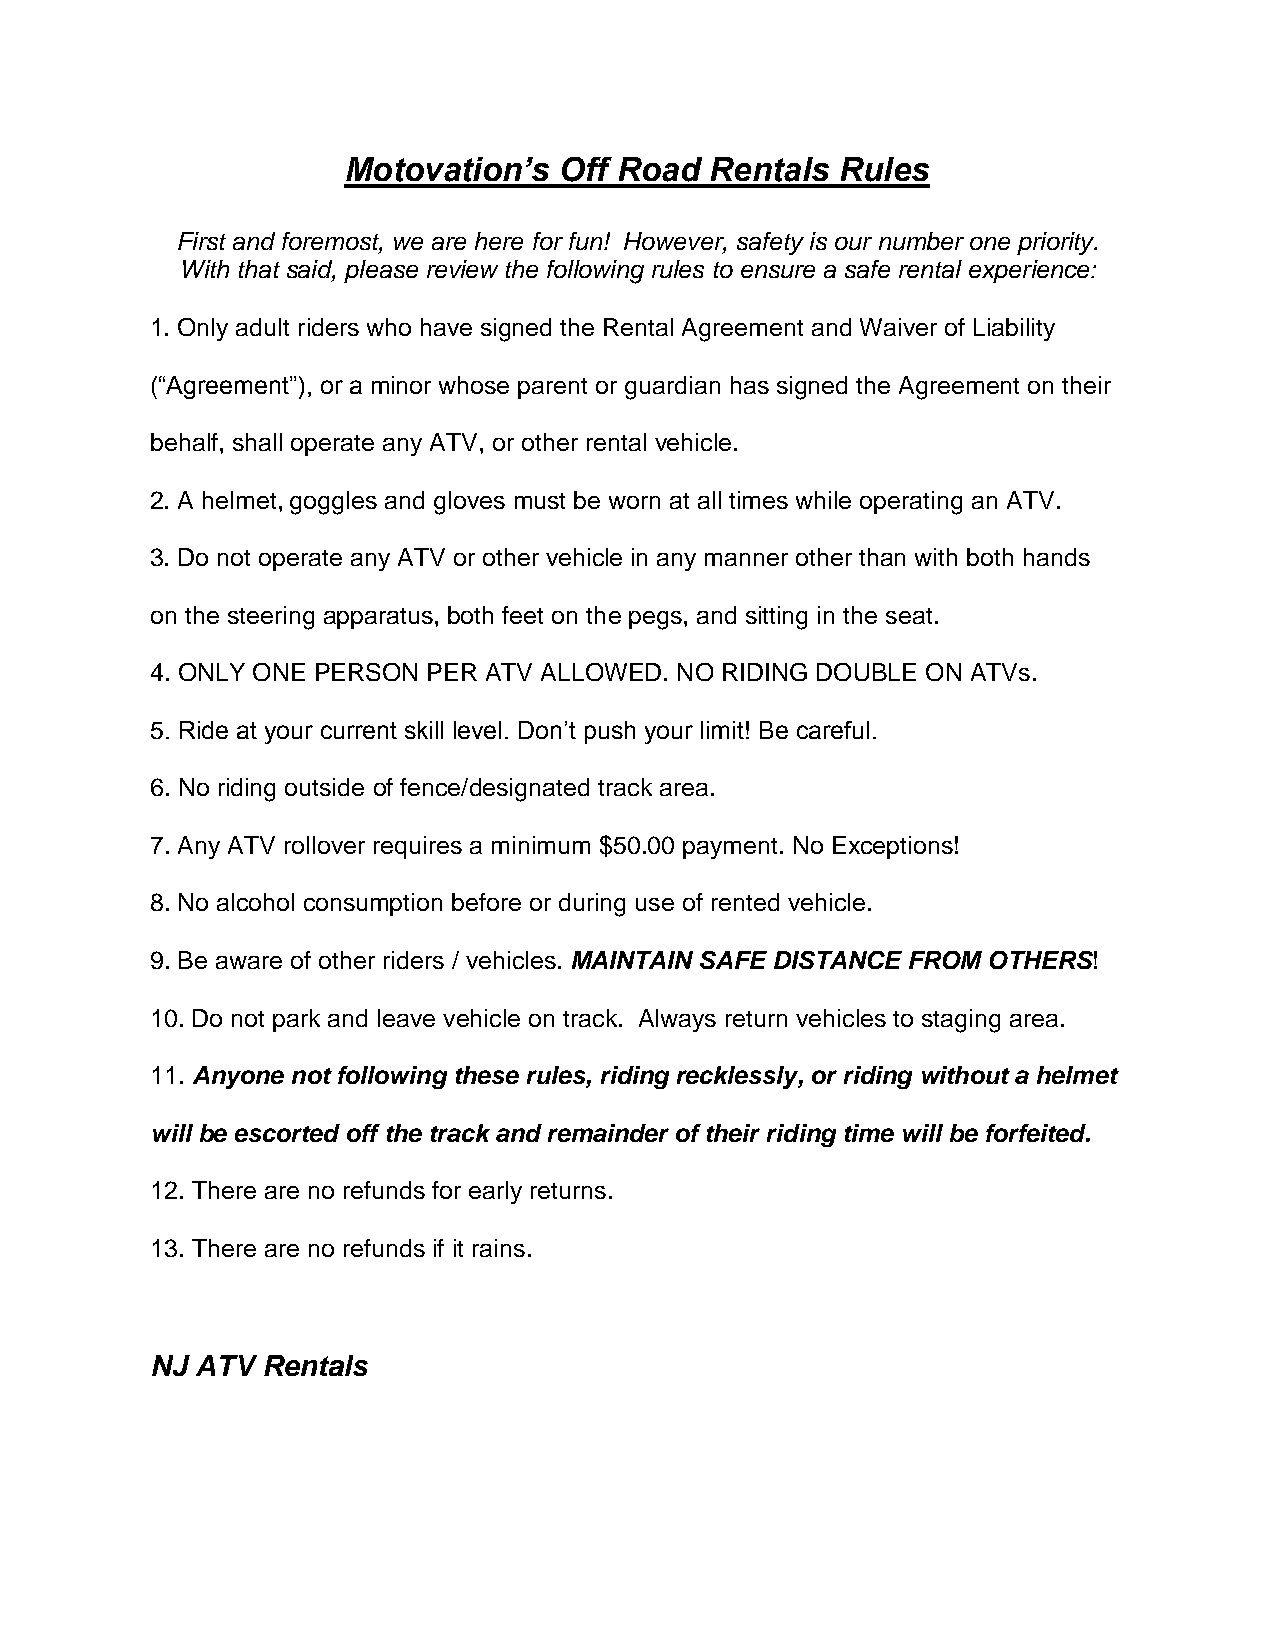
Motovation’s  Off Road  Rentals  Rules
 First and foremost, we are here for fun! However, safety is our number one priority.
 With that said, please review the following rules to ensure a safe rental experience:
 1. Only adult riders who have signed the Rental Agreement and Waiver of Liability
 (“Agreement”), or a minor whose parent or guardian has signed the Agreement on their
 behalf, shall operate any ATV, or other rental vehicle.
 2. A helmet, goggles and gloves must be worn at all times while operating an ATV.
 3. Do not operate any ATV or other vehicle in any manner other than with both hands
 on the steering apparatus, both feet on the pegs, and sitting in the seat.
 4. ONLY ONE PERSON PER ATV ALLOWED. NO RIDING DOUBLE ON ATVs.
 5. Ride at your current skill level. Don’t push your limit! Be careful.
 6. No riding outside of fence/designated track area.
 7. Any ATV rollover requires a minimum $50.00 payment. No Exceptions!
 8. No alcohol consumption before or during use of rented vehicle.
 9. Be aware of other riders / vehicles. MAINTAIN SAFE DISTANCE FROM OTHERS!
 10. Do not park and leave vehicle on track. Always return vehicles to staging area.
 11. Anyone not following these rules, riding recklessly, or riding without a helmet
 will be escorted off the track and remainder of their riding time will be forfeited.
 12. There are no refunds for early returns.
 13. There are no refunds if it rains.
 NJ ATV Rentals